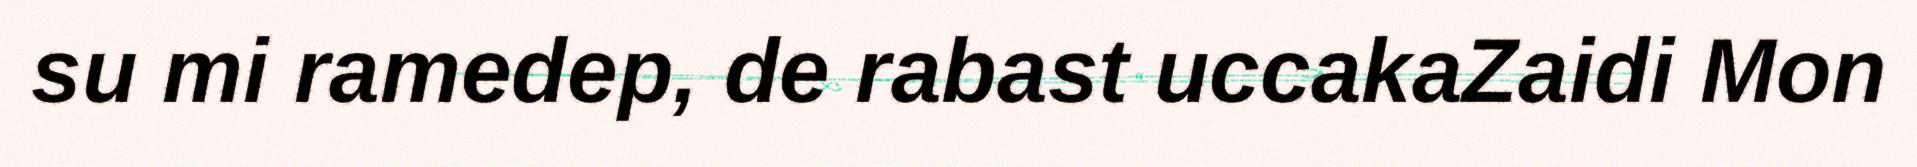
su mi ramedep, de rabast uccakaZaidi Mon